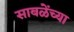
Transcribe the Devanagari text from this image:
साबळेंच्या